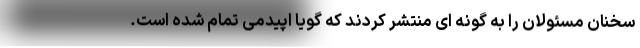
سخنان مسئولان را به گونه ای منتشر کردند که گویا اپیدمی تمام شده است.